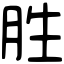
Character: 胜